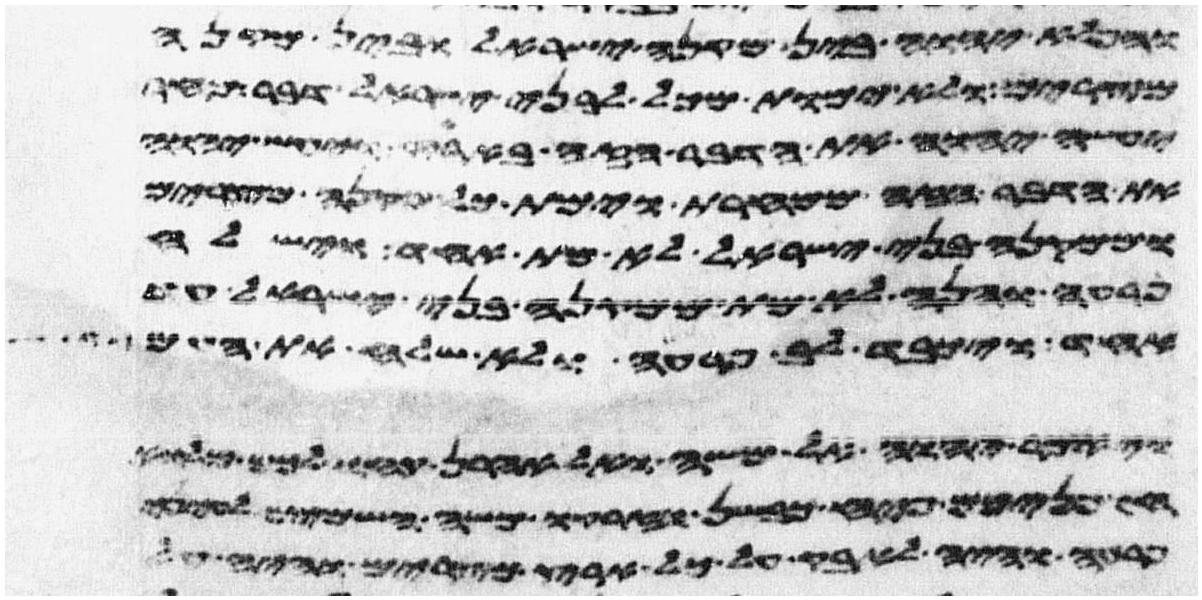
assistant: והפלא יהוה בין מקנה ישראל ובין מקנה
מצרים ולא ימות מכל לבני ישראל דבר מחר
יעשה יהוה את הדבר הזה בארץ ויעש יהוה
את הדבר הזה ממחרת וימת כל מקנה מצרים
וממקנה בני ישראל לא מת אחד וישלח
פרעה והנה לא מת ממקנה בני ישראל עד
אחד ויכבד לב פרעה ולא שלח את העם
ויאמר יהוה אל משה ואל אהרן קחו לכם מלוא
חפניכם פיח כבשן וזרקו משה השמים לעיני
פרעה והיה לאבק על כל ארץ מצרים והיה על